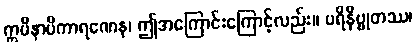
ဣမိနာပိကာရဏေန၊ ဤအကြောင်းကြောင့်လည်း။ ပရိနိဗ္ဗုတဿ၊